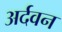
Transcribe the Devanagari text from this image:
अर्दवन